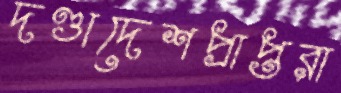
দণ্ডাদেশপ্রাপ্তরা